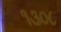
૧૩૦૮